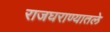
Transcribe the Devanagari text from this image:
राजघराण्यातले